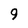
Character: 9